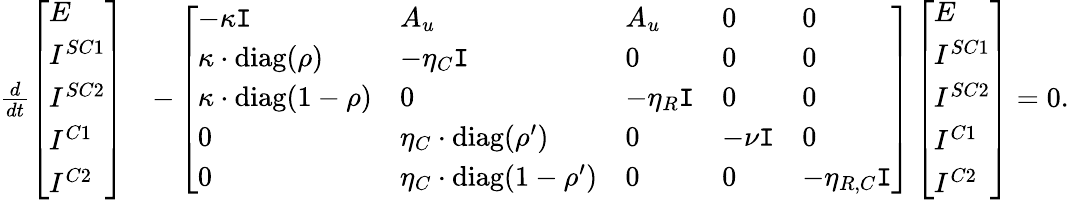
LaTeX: \begin{array}{rl}{\frac{d}{dt}\left[\begin{array}{l}{E}\\ {I^{SC1}}\\ {I^{SC2}}\\ {I^{C1}}\\ {I^{C2}}\end{array}\right]}&{-\left[\begin{array}{lllll}{-\kappa\mathtt{I}}&{A_{u}}&{A_{u}}&{0}&{0}\\ {\kappa\cdot\mathrm{diag}(\rho)}&{-\eta_{C}\mathtt{I}}&{0}&{0}&{0}\\ {\kappa\cdot\mathrm{diag}(1-\rho)}&{0}&{-\eta_{R}\mathtt{I}}&{0}&{0}\\ {0}&{\eta_{C}\cdot\mathrm{diag}(\rho^{\prime})}&{0}&{-\nu\mathtt{I}}&{0}\\ {0}&{\eta_{C}\cdot\mathrm{diag}(1-\rho^{\prime})}&{0}&{0}&{-\eta_{R,C}\mathtt{I}}\end{array}\right]\left[\begin{array}{l}{E}\\ {I^{SC1}}\\ {I^{SC2}}\\ {I^{C1}}\\ {I^{C2}}\end{array}\right]=0.}\end{array}